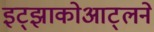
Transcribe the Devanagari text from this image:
इट्झाकोआट्लने